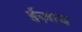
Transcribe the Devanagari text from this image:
ईज़ाद